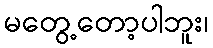
မတွေ့တော့ပါဘူး၊